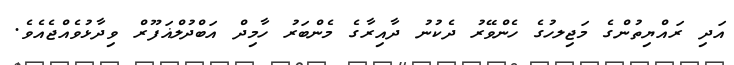
އަދި ރައްޔިތުންގެ މަޖިލހުގެ ހެންވޭރު ދެކުނު ދާއިރާގެ މެންބަރު ހާމިދް އަބްދުލްޣަފޫރް ވިދާޅުވެއްޖެއެވެ.